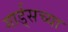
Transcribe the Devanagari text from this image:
गार्ड्‌सच्या